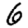
Digit: 6